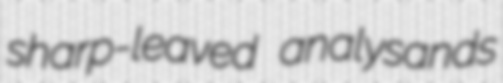
sharp-leaved analysands